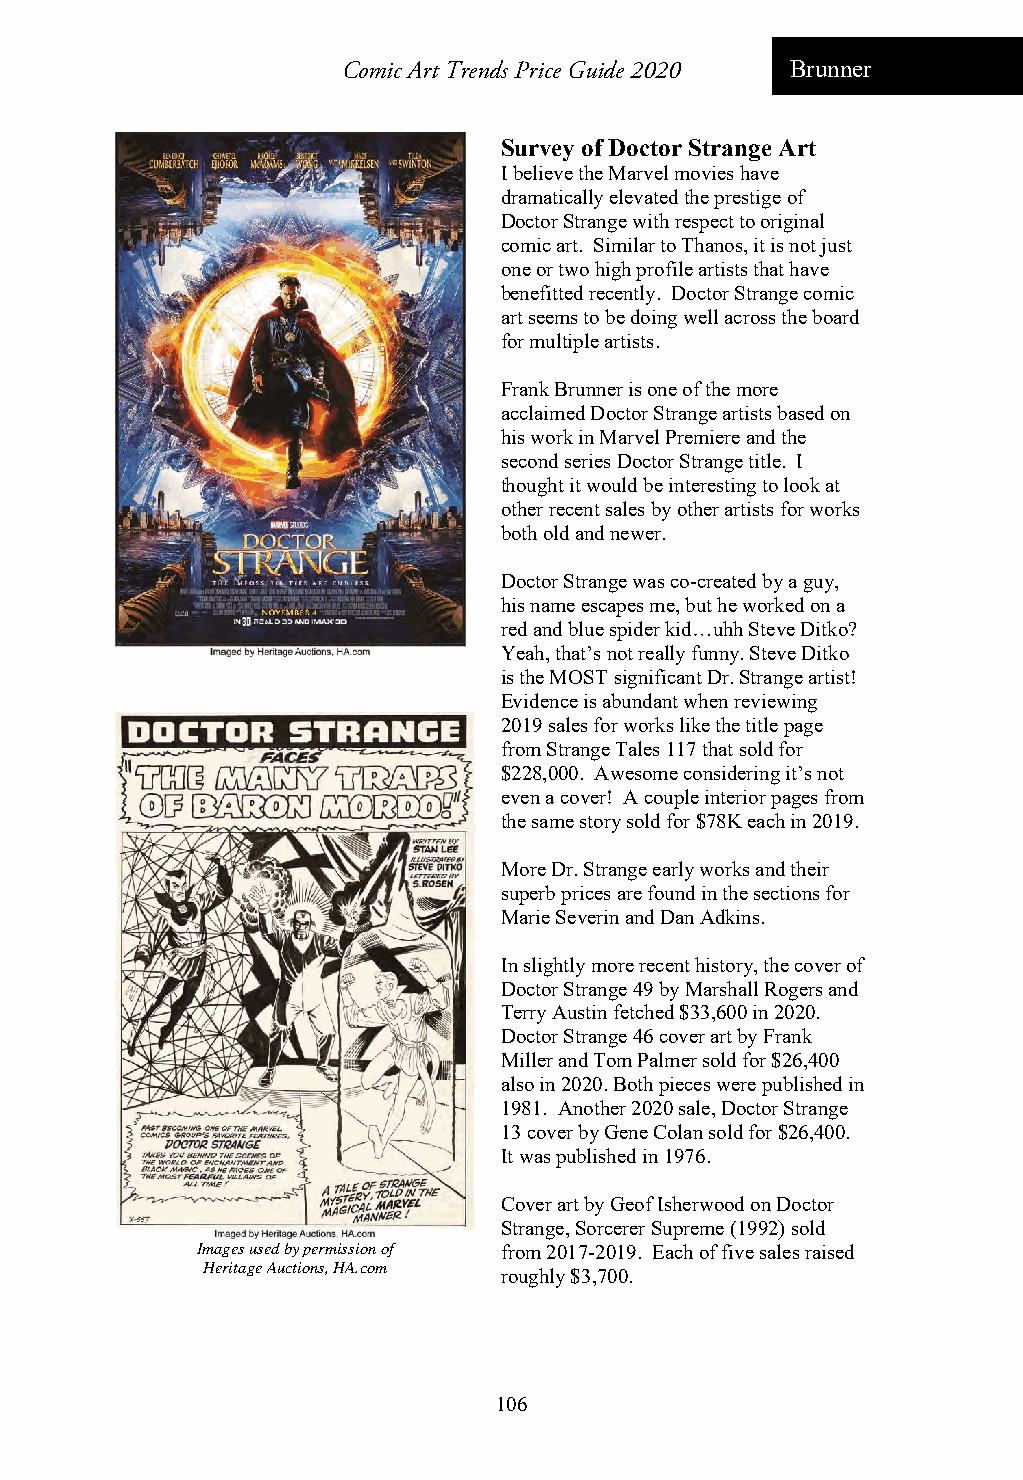
Comic Art Trends Price Guide 2020 Brunner
 Survey of Doctor Strange Art
 I believe the Marvel movies have
 dramatically elevated the prestige of
 Doctor Strange with respect to original
 comic art. Similar to Thanos, it is not just
 one or two high profile artists that have
 benefitted recently. Doctor Strange comic
 art seems to be doing well across the board
 for multiple artists.
 Frank Brunner is one of the more
 acclaimed Doctor Strange artists based on
 his work in Marvel Premiere and the
 second series Doctor Strange title. I
 thought it would be interesting to look at
 other recent sales by other artists for works
 both old and newer.
 Doctor Strange was co-created by a guy,
 his name escapes me, but he worked on a
 red and blue spider kid…uhh Steve Ditko?
 Yeah, that’s not really funny. Steve Ditko
 is the MOST significant Dr. Strange artist!
 Evidence is abundant when reviewing
 2019 sales for works like the title page
 from Strange Tales 117 that sold for
 $228,000. Awesome considering it’s not
 even a cover! A couple interior pages from
 the same story sold for $78K each in 2019.
 More Dr. Strange early works and their
 superb prices are found in the sections for
 Marie Severin and Dan Adkins.
 In slightly more recent history, the cover of
 Doctor Strange 49 by Marshall Rogers and
 Terry Austin fetched $33,600 in 2020.
 Doctor Strange 46 cover art by Frank
 Miller and Tom Palmer sold for $26,400
 also in 2020. Both pieces were published in
 1981. Another 2020 sale, Doctor Strange
 13 cover by Gene Colan sold for $26,400.
 It was published in 1976.
 Cover art by Geof Isherwood on Doctor
 Strange, Sorcerer Supreme (1992) sold
 Images used by permission of from 2017-2019. Each of five sales raised
 Heritage Auctions, HA.com
 roughly $3,700.
 106